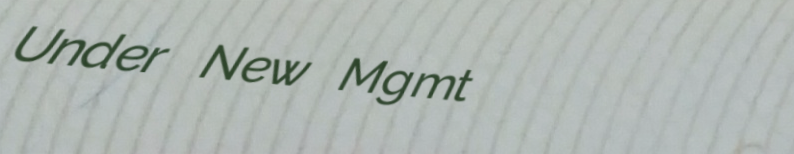
Under New Mgmt